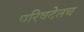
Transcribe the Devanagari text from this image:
परिषदेतच